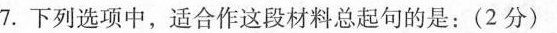
7.下列选项中，适合作这段材料总起句的是：(2分)